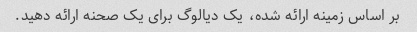
بر اساس زمینه ارائه شده، یک دیالوگ برای یک صحنه ارائه دهید.